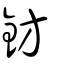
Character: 鈁